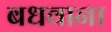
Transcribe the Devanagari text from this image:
बधवाना